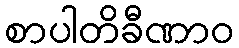
စာပါတိခီဏာဝ